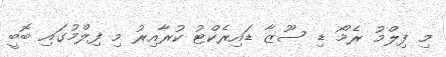
މި ފިލްމު ރެމޯ ޑި ސޫޒާ ޑައިރެކްޓު ކުރާއިރު މި ފިލްމުގައި ބޮބީ